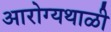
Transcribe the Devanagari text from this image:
आरोग्यथाळी